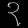
Digit: ၃